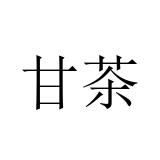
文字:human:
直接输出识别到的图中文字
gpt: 甘茶